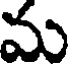
మ